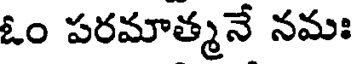
ఓం పరమాత్మనే నమః